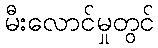
မီးလောင်မှုတွင်